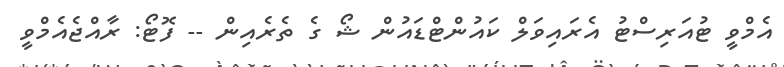
އެމްވީ ޓުއަރިސްޓު އެރައިވަލް ކައުންޓްޑައުން ޝޯ ގެ ތެރެއިން -- ފޮޓޯ: ރާއްޖެއެމްވީ